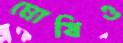
ঘোষিও